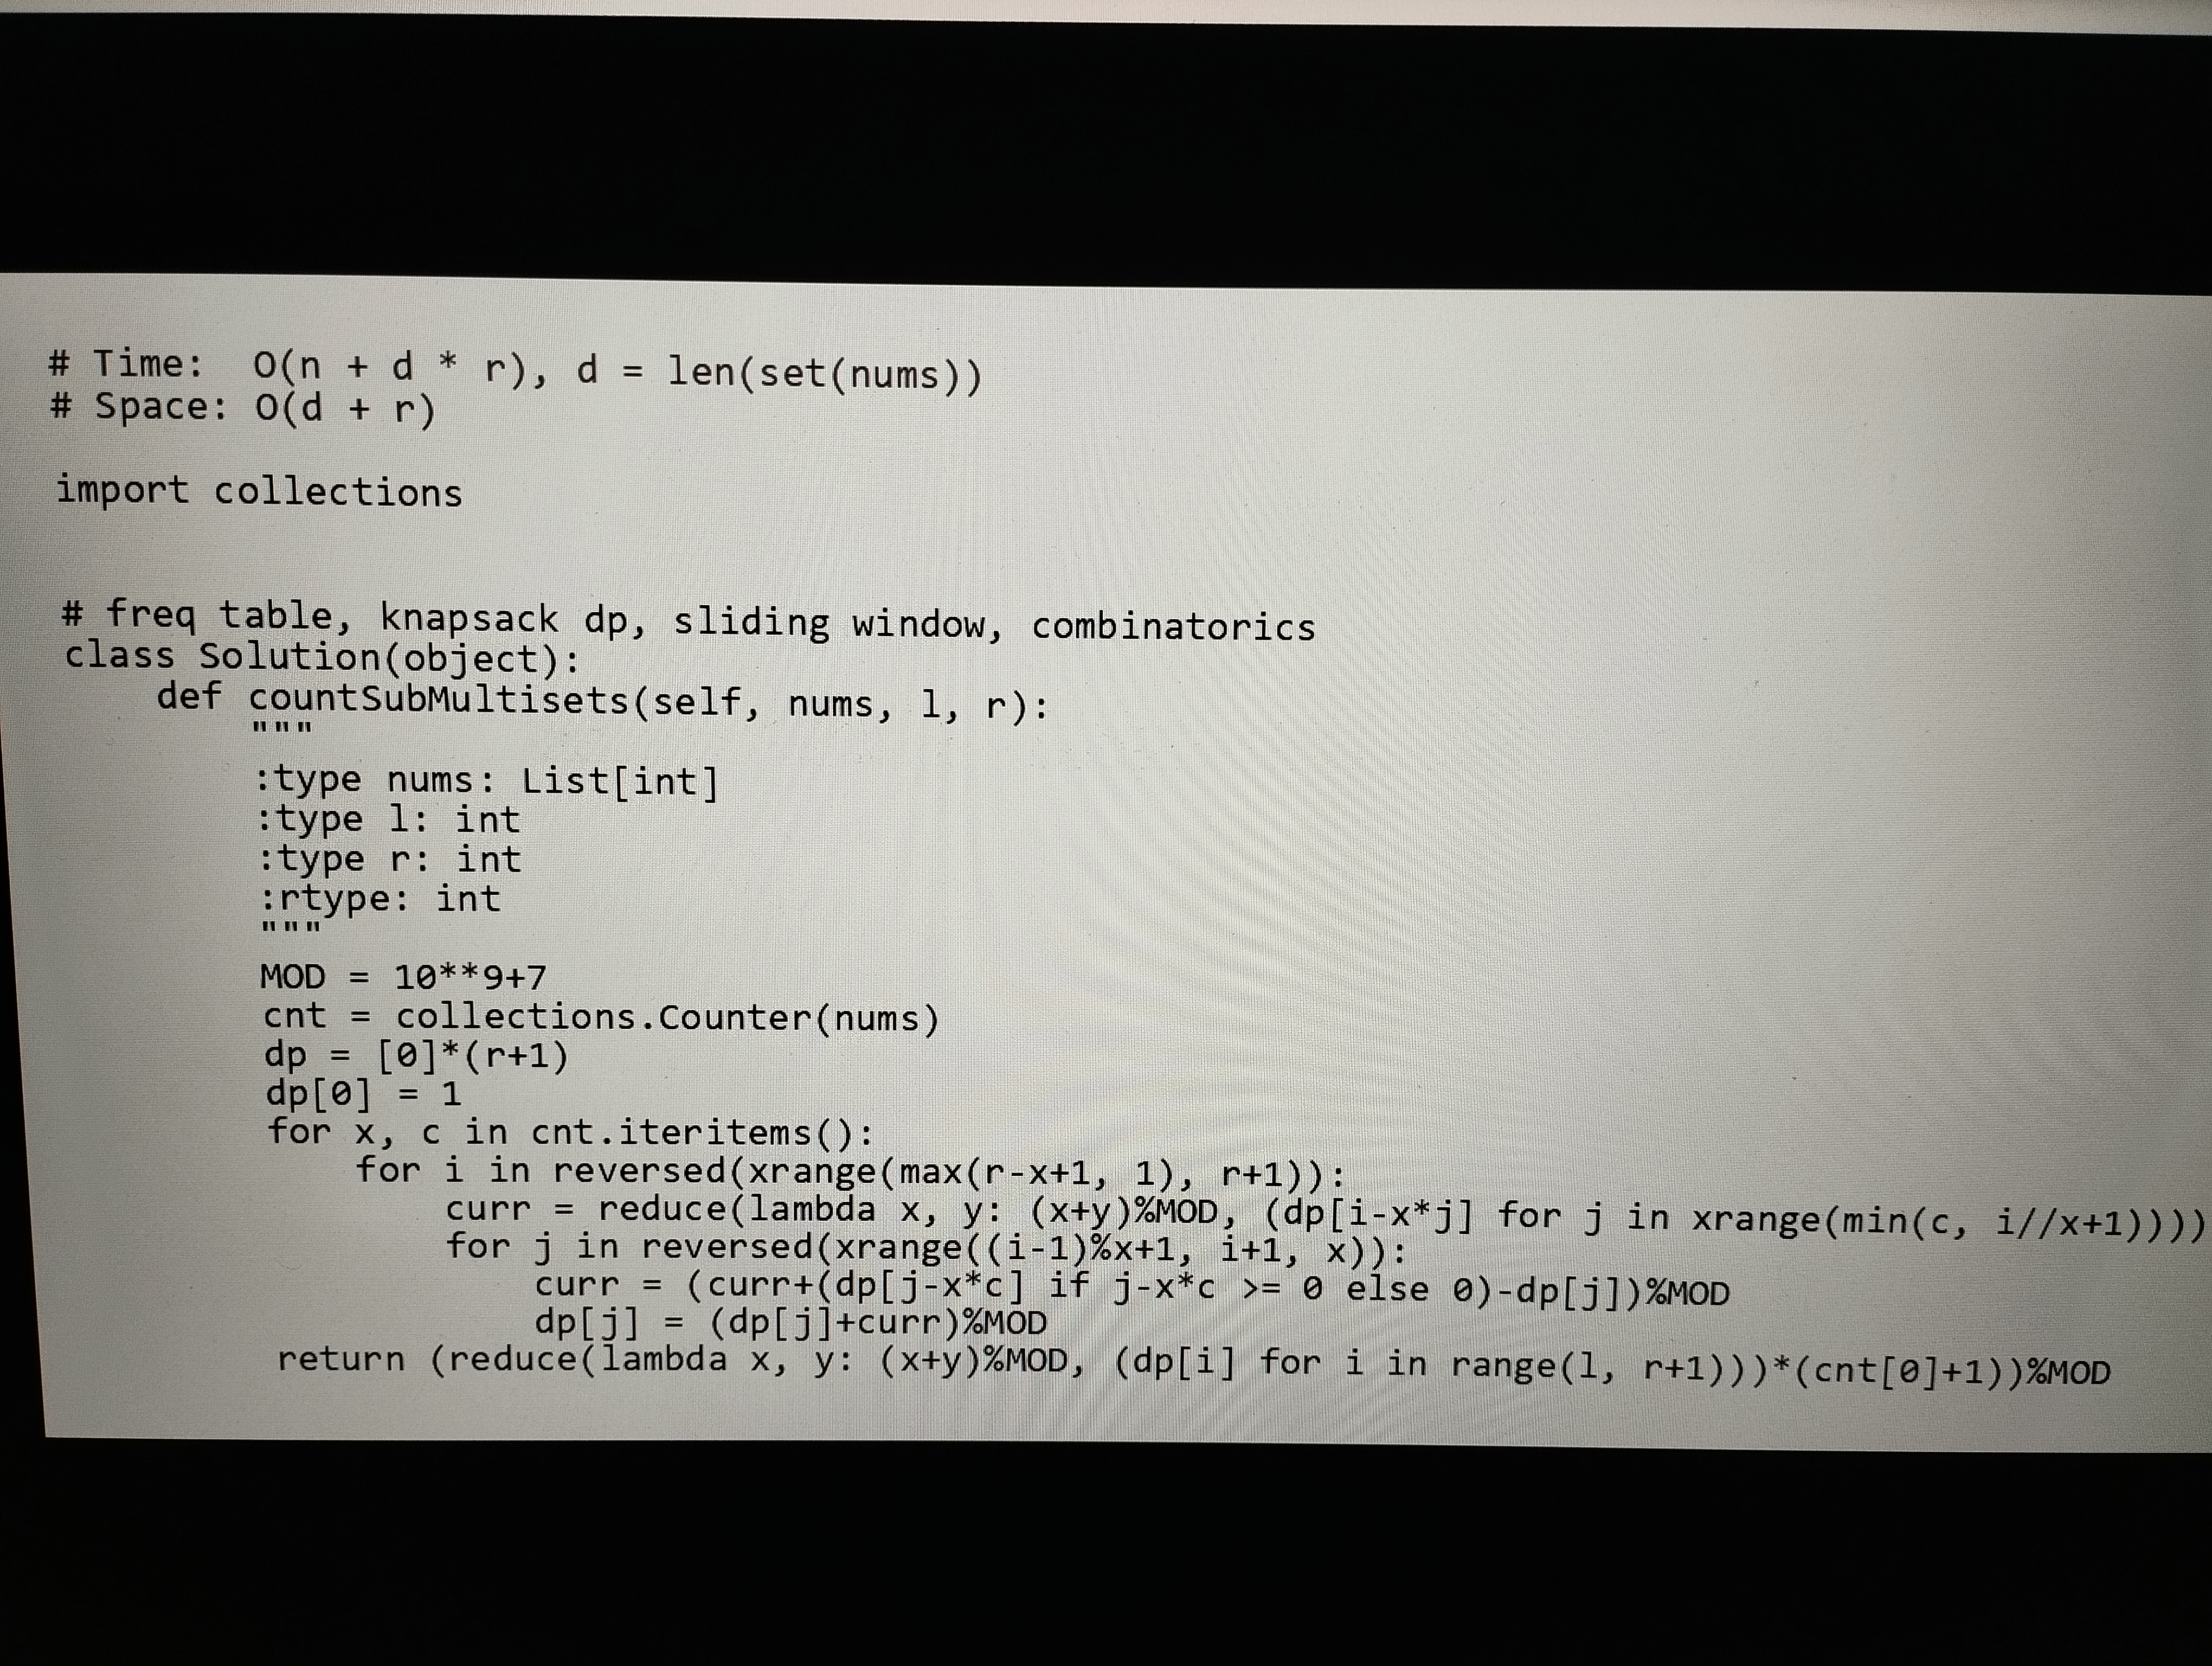
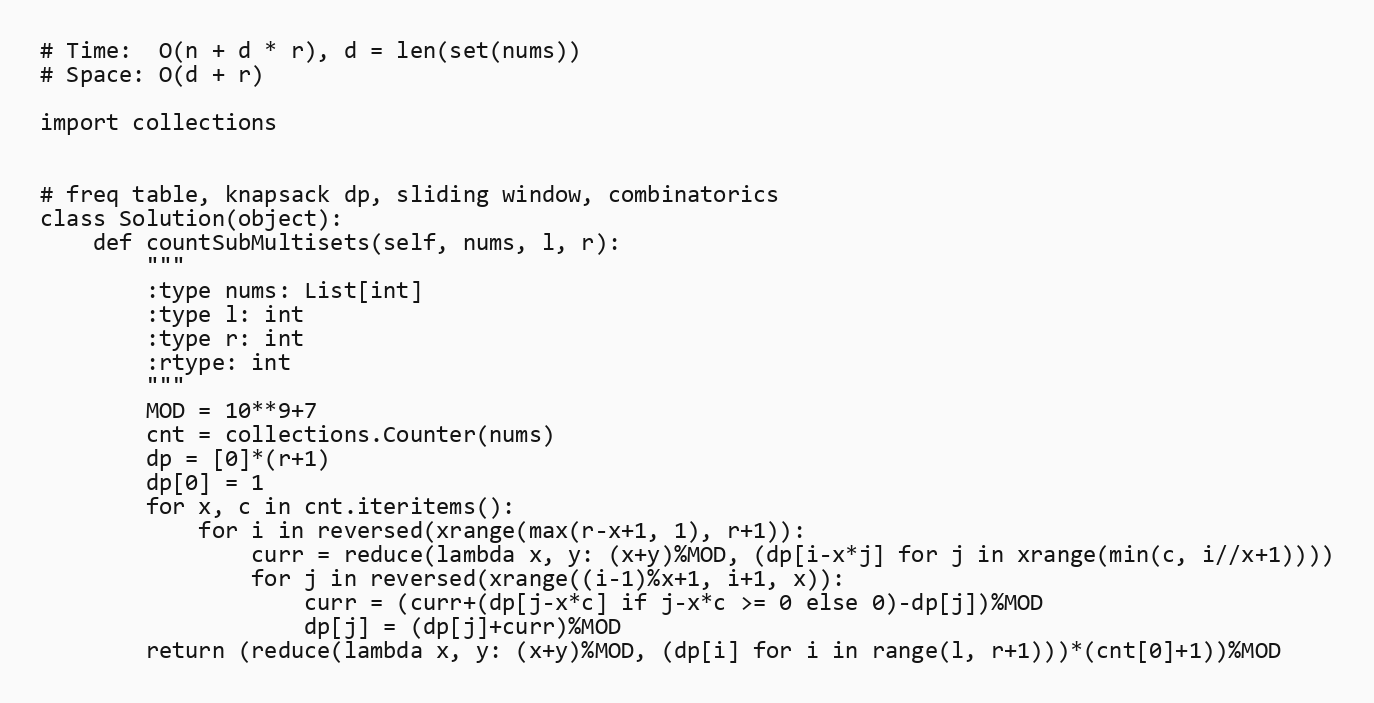
# Time:  O(n + d * r), d = len(set(nums))
# Space: O(d + r)

import collections

# freq table, knapsack dp, sliding window, combinatorics
class Solution(object):
    def countSubMultisets(self, nums, l, r):
        """
        :type nums: List[int]
        :type l: int
        :type r: int
        :rtype: int
        """
        MOD = 10**9+7
        cnt = collections.Counter(nums)
        dp = [0]*(r+1)
        dp[0] = 1
        for x, c in cnt.iteritems():
            for i in reversed(xrange(max(r-x+1, 1), r+1)):
                curr = reduce(lambda x, y: (x+y)%MOD, (dp[i-x*j] for j in xrange(min(c, i//x+1))))
                for j in reversed(xrange((i-1)%x+1, i+1, x)):
                    curr = (curr+(dp[j-x*c] if j-x*c >= 0 else 0)-dp[j])%MOD
                    dp[j] = (dp[j]+curr)%MOD
        return (reduce(lambda x, y: (x+y)%MOD, (dp[i] for i in range(l, r+1)))*(cnt[0]+1))%MOD